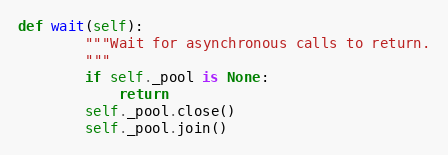
Language: Python
def wait(self):
        """Wait for asynchronous calls to return.
        """
        if self._pool is None:
            return
        self._pool.close()
        self._pool.join()